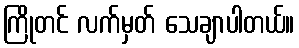
ကြိုတင် လက်မှတ် သေချာပါတယ်။